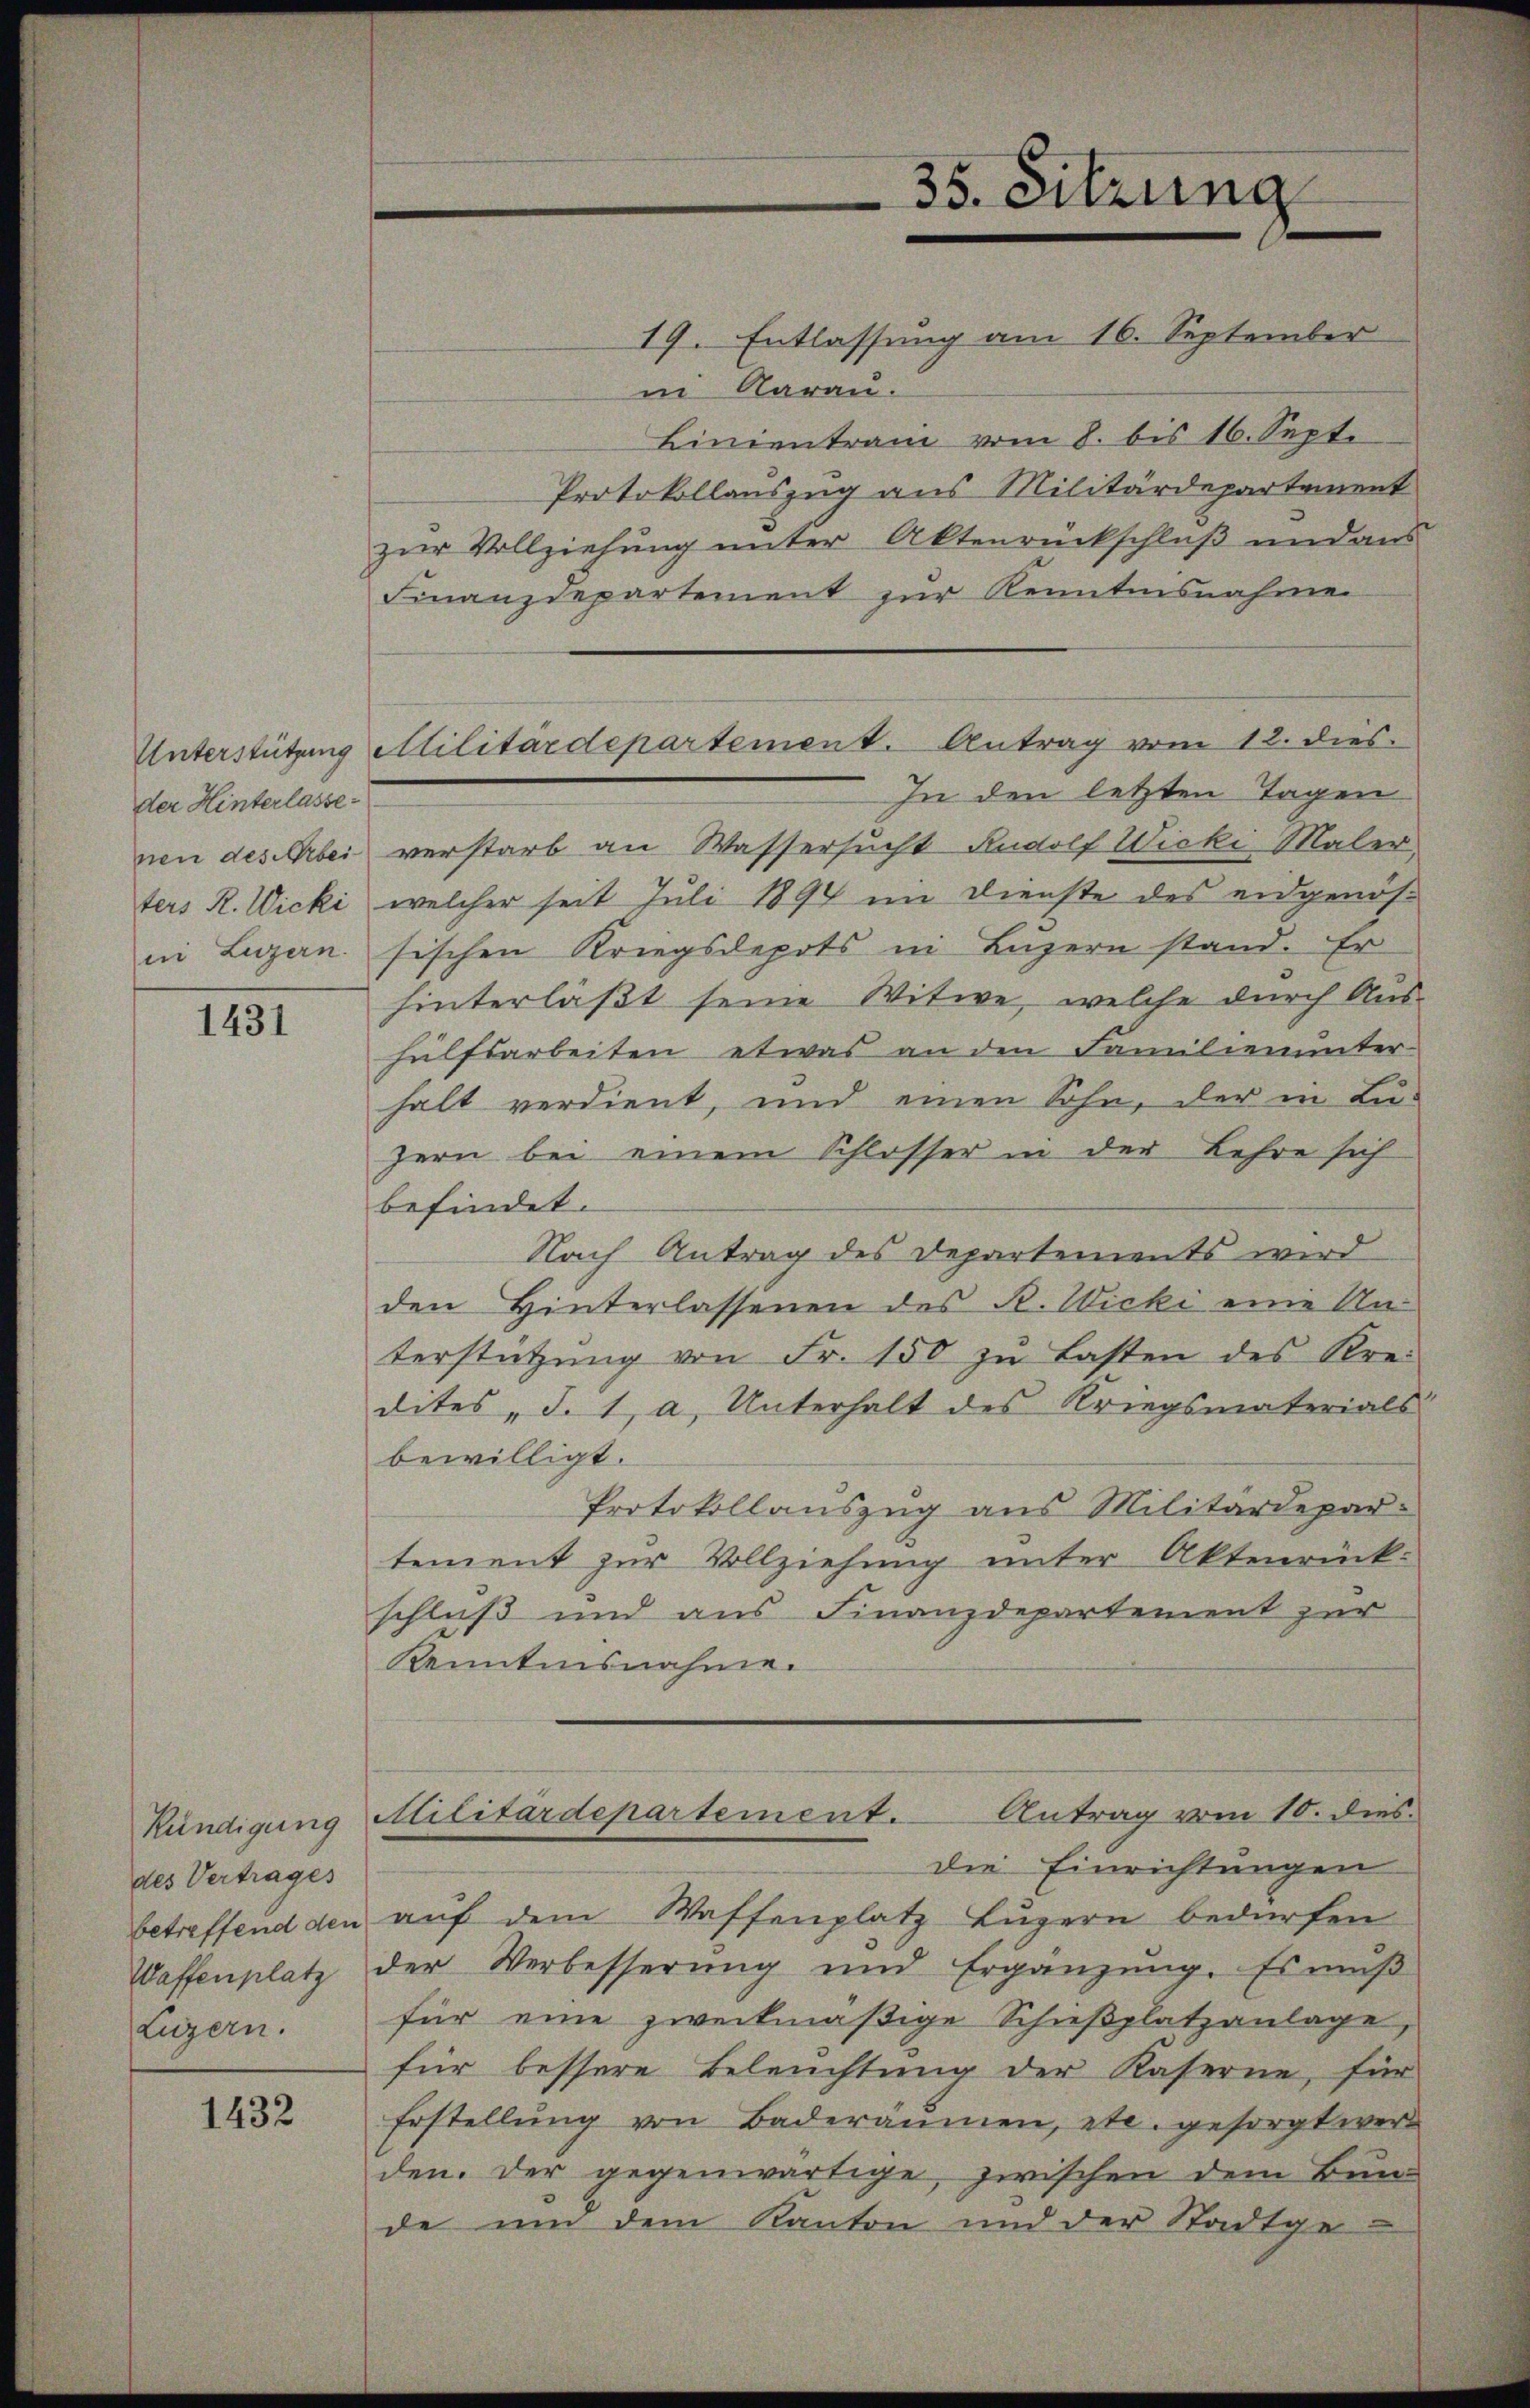
der Hinterlasse
nen des Arbei

1431

des Vertrages
betreffend den
Waffenplatz
Luzern.

1432

19. Entlassung am 16. September
in Aarau.
Linientrain vom 8. bis 16. Sept.
Protokollauszug aus Militärdepartement
zur Vollziehung unter Aktenrückschluß und aus
Finanzdepartement zŭr Kenntnisnahme
In den letzten Tagen
verstarb an Wassersucht Rudolf Wicki Maler
ters R. Wicki, welcher seit Juli 1894 im Dienste des eidgenösin Luzern sischen Kriegsdepots in Luzern stand. Er
hinterläßt seine Witwe, welche durch Aushülfsarbeiten etwas an den Familienunter
halt verdient, und einen Sohn, der in Lu-
zern bei einem Schlosser in der Lehre sich
befindet.
Nach Antrag des Departements wird
den Hinterlassenen des R. Wicki eine Unterstützŭng von Fr. 100 zŭ Lasten des Krei
dites „J. 1, a. Unterhalt des Kriegsmaterials
bewilligt.
Protokollauszug aus Militärdepar-
tement zŭr Vollziehung unter Aktenrück:
schluß und aus Finanzdepartement zur
Kenntnisnahme.

Unterstützung Militärdepartement. Antrag vom 12. dies

35. Sitzung

Kündigung Militärdepartement. Antrag vom 10. dies
die Einrichtungen

aŭf dem Waffenplatz Lŭzern bedürfen
der Verbesserung und Ergänzŭng. Es muß
für eine zweitmäßige Schieβplatzanlage,
für bessere Beleuchtung der Kaserne, für
Erstellŭng von Baderäŭmen, etc. gesorgt wer-
den. Der gegenwärtige, zwischen dem Bun-
de um dem Kanton und der Stadtge-